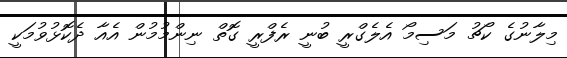
މިލާނުގެ ކޯޗު މަސިމޯ އެލެގްރީ ބުނީ ރެފްރީ ގޮތް ނިންމުމުން އެއާ ދެކޮޅުވުމަކީ